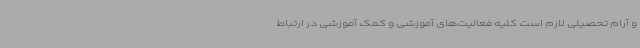
و آرام تحصیلی لازم است کلیه فعالیت‌های آموزشی و کمک آموزشی در ارتباط